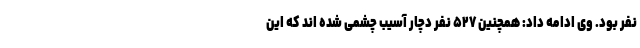
نفر بود. وی ادامه داد: همچنین ۵۲۷ نفر دچار آسیب چشمی شده اند که این